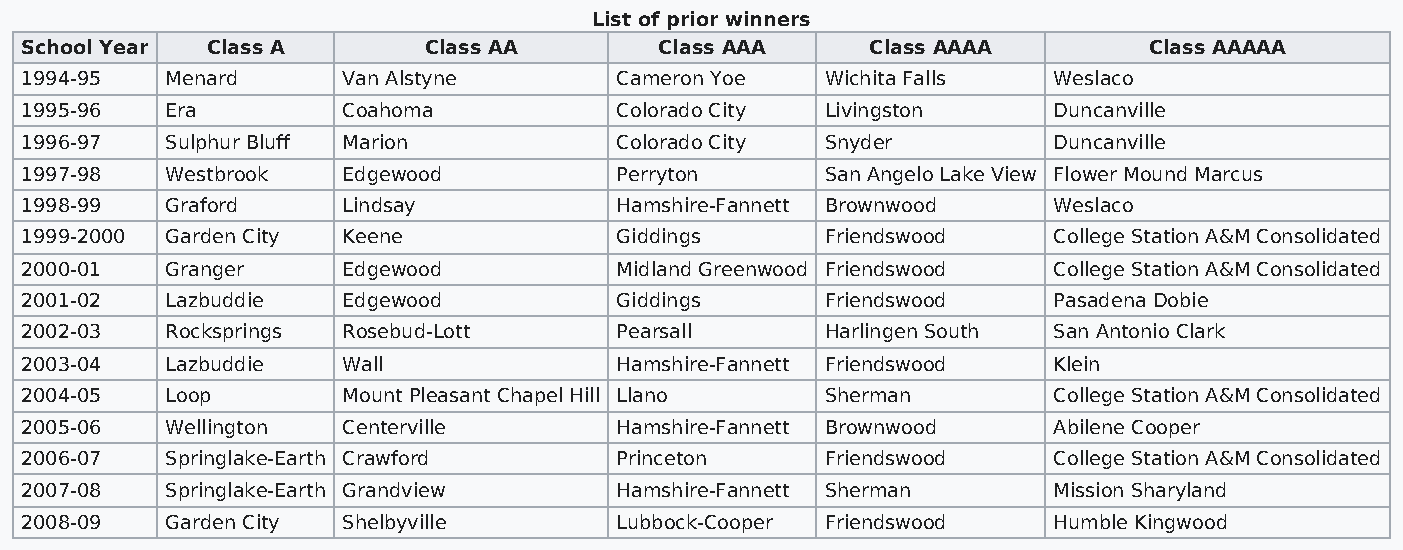
List of prior winners
 School Year  Class A       Class AA        Class AAA     Class AAAA        Class AAAAA
 1994-95   Menard      Van Alstyne       Cameron Yoe   Wichita Falls  Weslaco
 1995-96   Era         Coahoma           Colorado City Livingston     Duncanville
 1996-97   Sulphur Bluff Marion          Colorado City Snyder         Duncanville
 1997-98   Westbrook   Edgewood          Perryton      San Angelo Lake View Flower Mound Marcus
 1998-99   Graford     Lindsay           Hamshire-Fannett Brownwood   Weslaco
 1999-2000 Garden City Keene             Giddings      Friendswood    College Station A&M Consolidated
 2000-01   Granger     Edgewood          Midland Greenwood Friendswood College Station A&M Consolidated
 2001-02   Lazbuddie   Edgewood          Giddings      Friendswood    Pasadena Dobie
 2002-03   Rocksprings Rosebud-Lott      Pearsall      Harlingen South San Antonio Clark
 2003-04   Lazbuddie   Wall              Hamshire-Fannett Friendswood Klein
 2004-05   Loop        Mount Pleasant Chapel Hill Llano Sherman       College Station A&M Consolidated
 2005-06   Wellington  Centerville       Hamshire-Fannett Brownwood   Abilene Cooper
 2006-07   Springlake-Earth Crawford     Princeton     Friendswood    College Station A&M Consolidated
 2007-08   Springlake-Earth Grandview    Hamshire-Fannett Sherman     Mission Sharyland
 2008-09   Garden City Shelbyville       Lubbock-Cooper Friendswood   Humble Kingwood